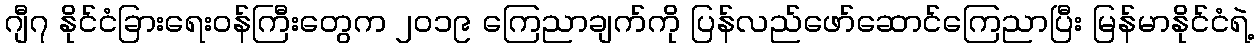
ဂျီ၇ နိုင်ငံခြားရေးဝန်ကြီးတွေက ၂၀၁၉ ကြေညာချက်ကို ပြန်လည်ဖော်ဆောင်ကြေညာပြီး မြန်မာနိုင်ငံရဲ့